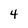
Character: 4